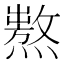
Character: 𤏺